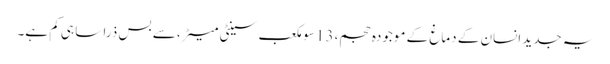
یہ جدید انسان کے دماغ کے موجودہ حجم، 13 سو مکعب سینٹی میٹر، سے بس ذرا سا ہی کم ہے۔